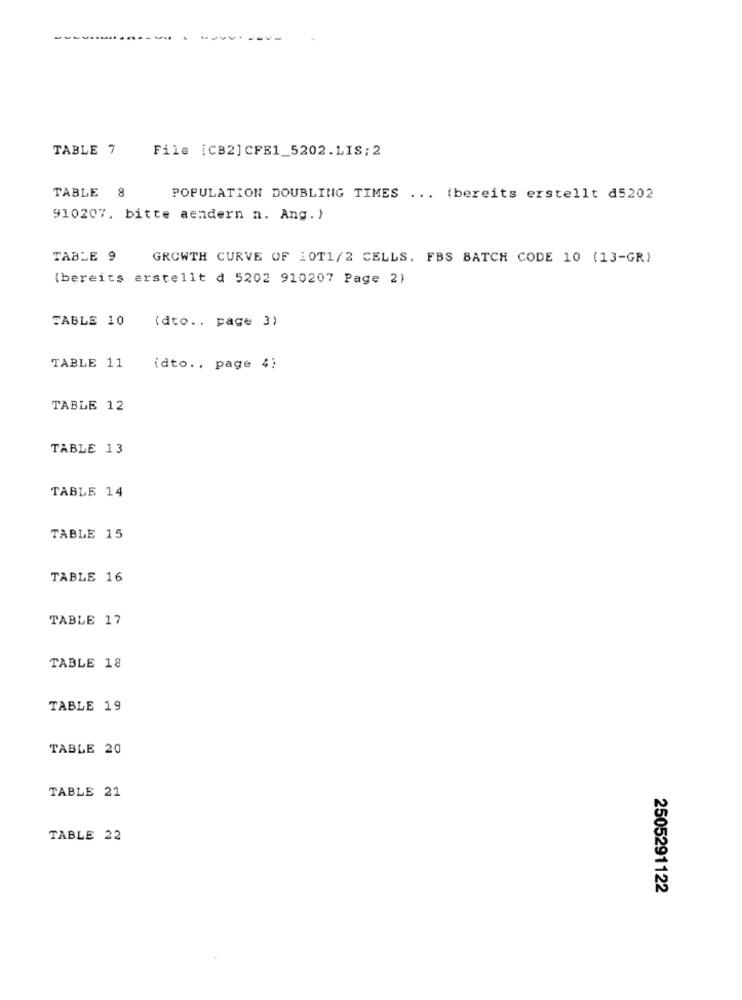
TABLE 7
File [CB2]CFE1_5202.LIS;2
TABLE 8
POPULATION DOUBLING TIMES ... (bereits erstellt d5202
910207, bitte aendern n. Ang. )
TABLE 9
GROWTH CURVE OF 10T1/2 CELLS, FBS BATCH CODE 10 (13-GR)
(bereits erstellt d 5202 910207 Page 2)
FABLE 10
(dto .. page 3)
TABLE 11
(dto ., page 4)
TABLE 12
TABLE 13
TABLE 14
TABLE 15
TABLE 16
TABLE 17
TABLE 18
TABLE 19
TABLE 20
TABLE 21
TABLE 22
2505291122